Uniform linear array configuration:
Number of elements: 8
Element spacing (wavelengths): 1
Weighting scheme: kaiser
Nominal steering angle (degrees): -15
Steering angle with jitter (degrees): -13.207
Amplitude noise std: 0.05
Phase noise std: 0.05

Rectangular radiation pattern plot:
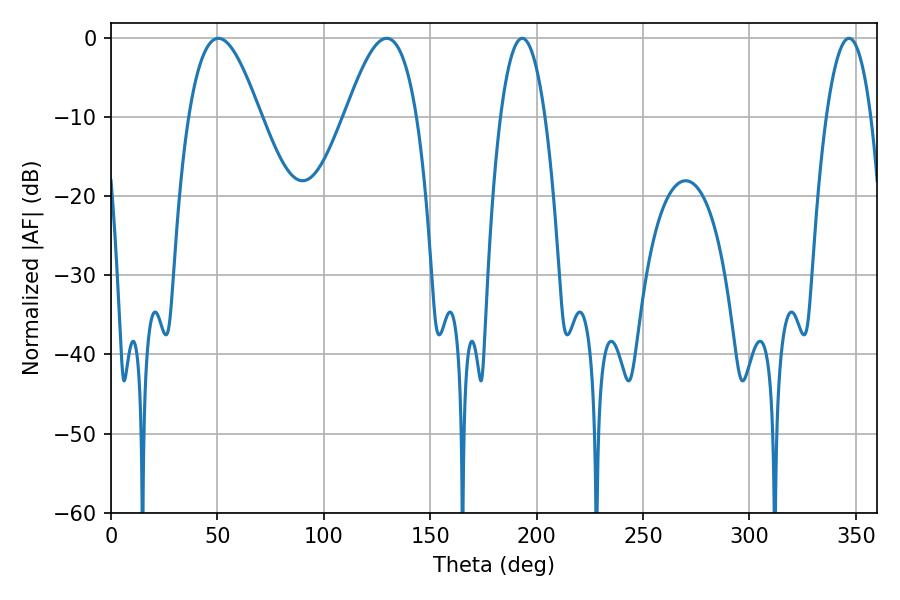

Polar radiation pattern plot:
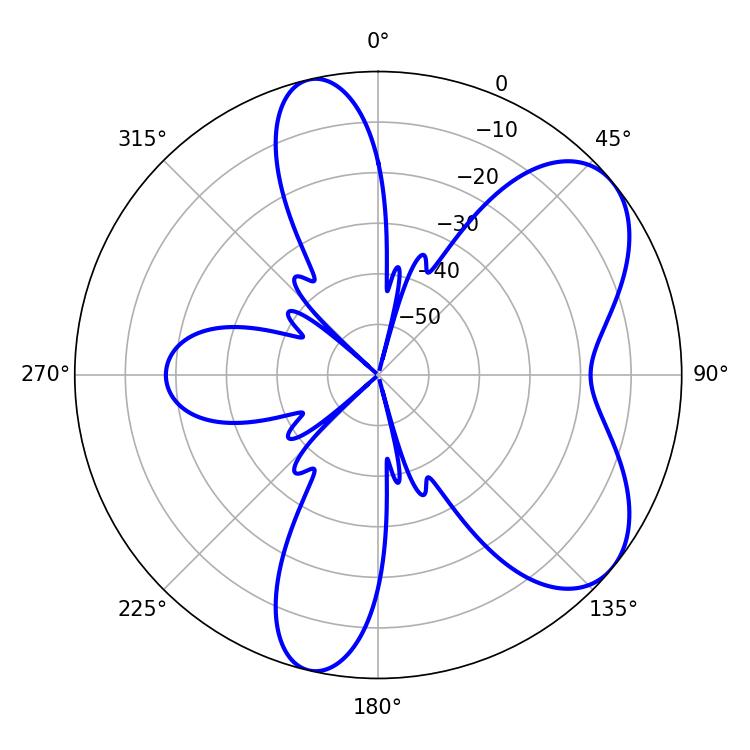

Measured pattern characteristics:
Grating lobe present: TRUE
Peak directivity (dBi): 6.499
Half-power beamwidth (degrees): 18.18
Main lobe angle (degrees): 50.4